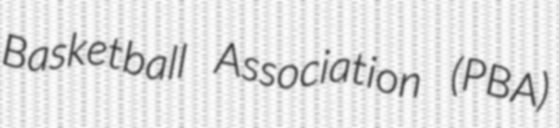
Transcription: Basketball Association (PBA)